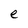
Character: e